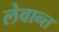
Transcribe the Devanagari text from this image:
लेवान्त